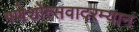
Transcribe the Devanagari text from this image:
गणेशोत्सवादरम्यान